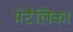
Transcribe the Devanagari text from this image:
मेटैलिका